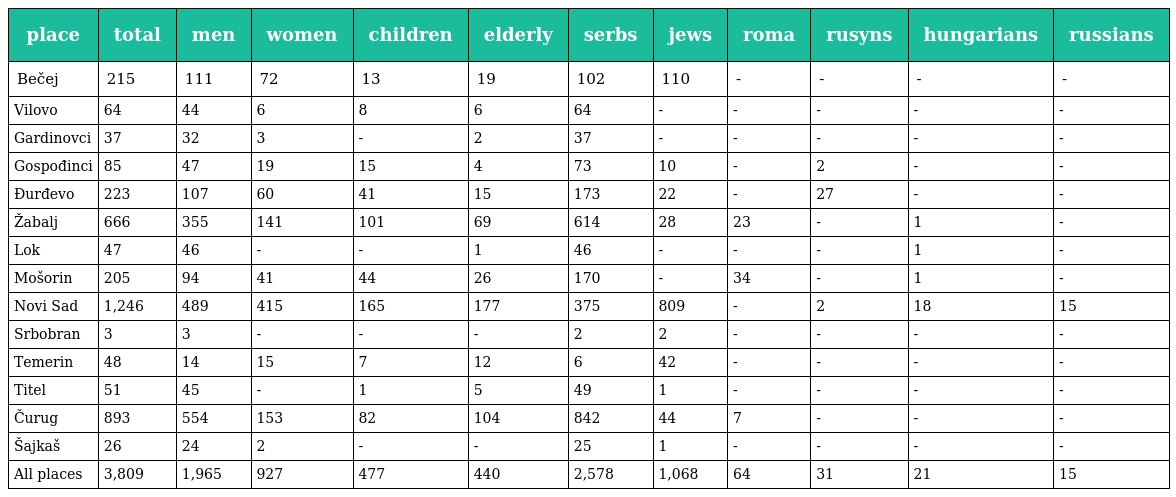
| place | total | men | women | children | elderly | serbs | jews | roma | rusyns | hungarians | russians |
 | --- | --- | --- | --- | --- | --- | --- | --- | --- | --- | --- | --- |
 | Bečej | 215 | 111 | 72 | 13 | 19 | 102 | 110 | - | - | - | - |
 | Vilovo | 64 | 44 | 6 | 8 | 6 | 64 | - | - | - | - | - |
 | Gardinovci | 37 | 32 | 3 | - | 2 | 37 | - | - | - | - | - |
 | Gospođinci | 85 | 47 | 19 | 15 | 4 | 73 | 10 | - | 2 | - | - |
 | Đurđevo | 223 | 107 | 60 | 41 | 15 | 173 | 22 | - | 27 | - | - |
 | Žabalj | 666 | 355 | 141 | 101 | 69 | 614 | 28 | 23 | - | 1 | - |
 | Lok | 47 | 46 | - | - | 1 | 46 | - | - | - | 1 | - |
 | Mošorin | 205 | 94 | 41 | 44 | 26 | 170 | - | 34 | - | 1 | - |
 | Novi Sad | 1,246 | 489 | 415 | 165 | 177 | 375 | 809 | - | 2 | 18 | 15 |
 | Srbobran | 3 | 3 | - | - | - | 2 | 2 | - | - | - | - |
 | Temerin | 48 | 14 | 15 | 7 | 12 | 6 | 42 | - | - | - | - |
 | Titel | 51 | 45 | - | 1 | 5 | 49 | 1 | - | - | - | - |
 | Čurug | 893 | 554 | 153 | 82 | 104 | 842 | 44 | 7 | - | - | - |
 | Šajkaš | 26 | 24 | 2 | - | - | 25 | 1 | - | - | - | - |
 | All places | 3,809 | 1,965 | 927 | 477 | 440 | 2,578 | 1,068 | 64 | 31 | 21 | 15 |